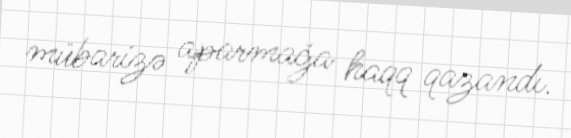
mübarizə aparmağa haqq qazandı.